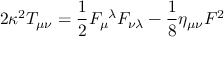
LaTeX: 2 \kappa ^ { 2 } T _ { \mu \nu } = \frac { 1 } { 2 } F _ { \mu } ^ { \ \lambda } F _ { \nu \lambda } - \frac { 1 } { 8 } \eta _ { \mu \nu } F ^ { 2 }